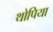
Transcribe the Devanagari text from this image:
थोपिया